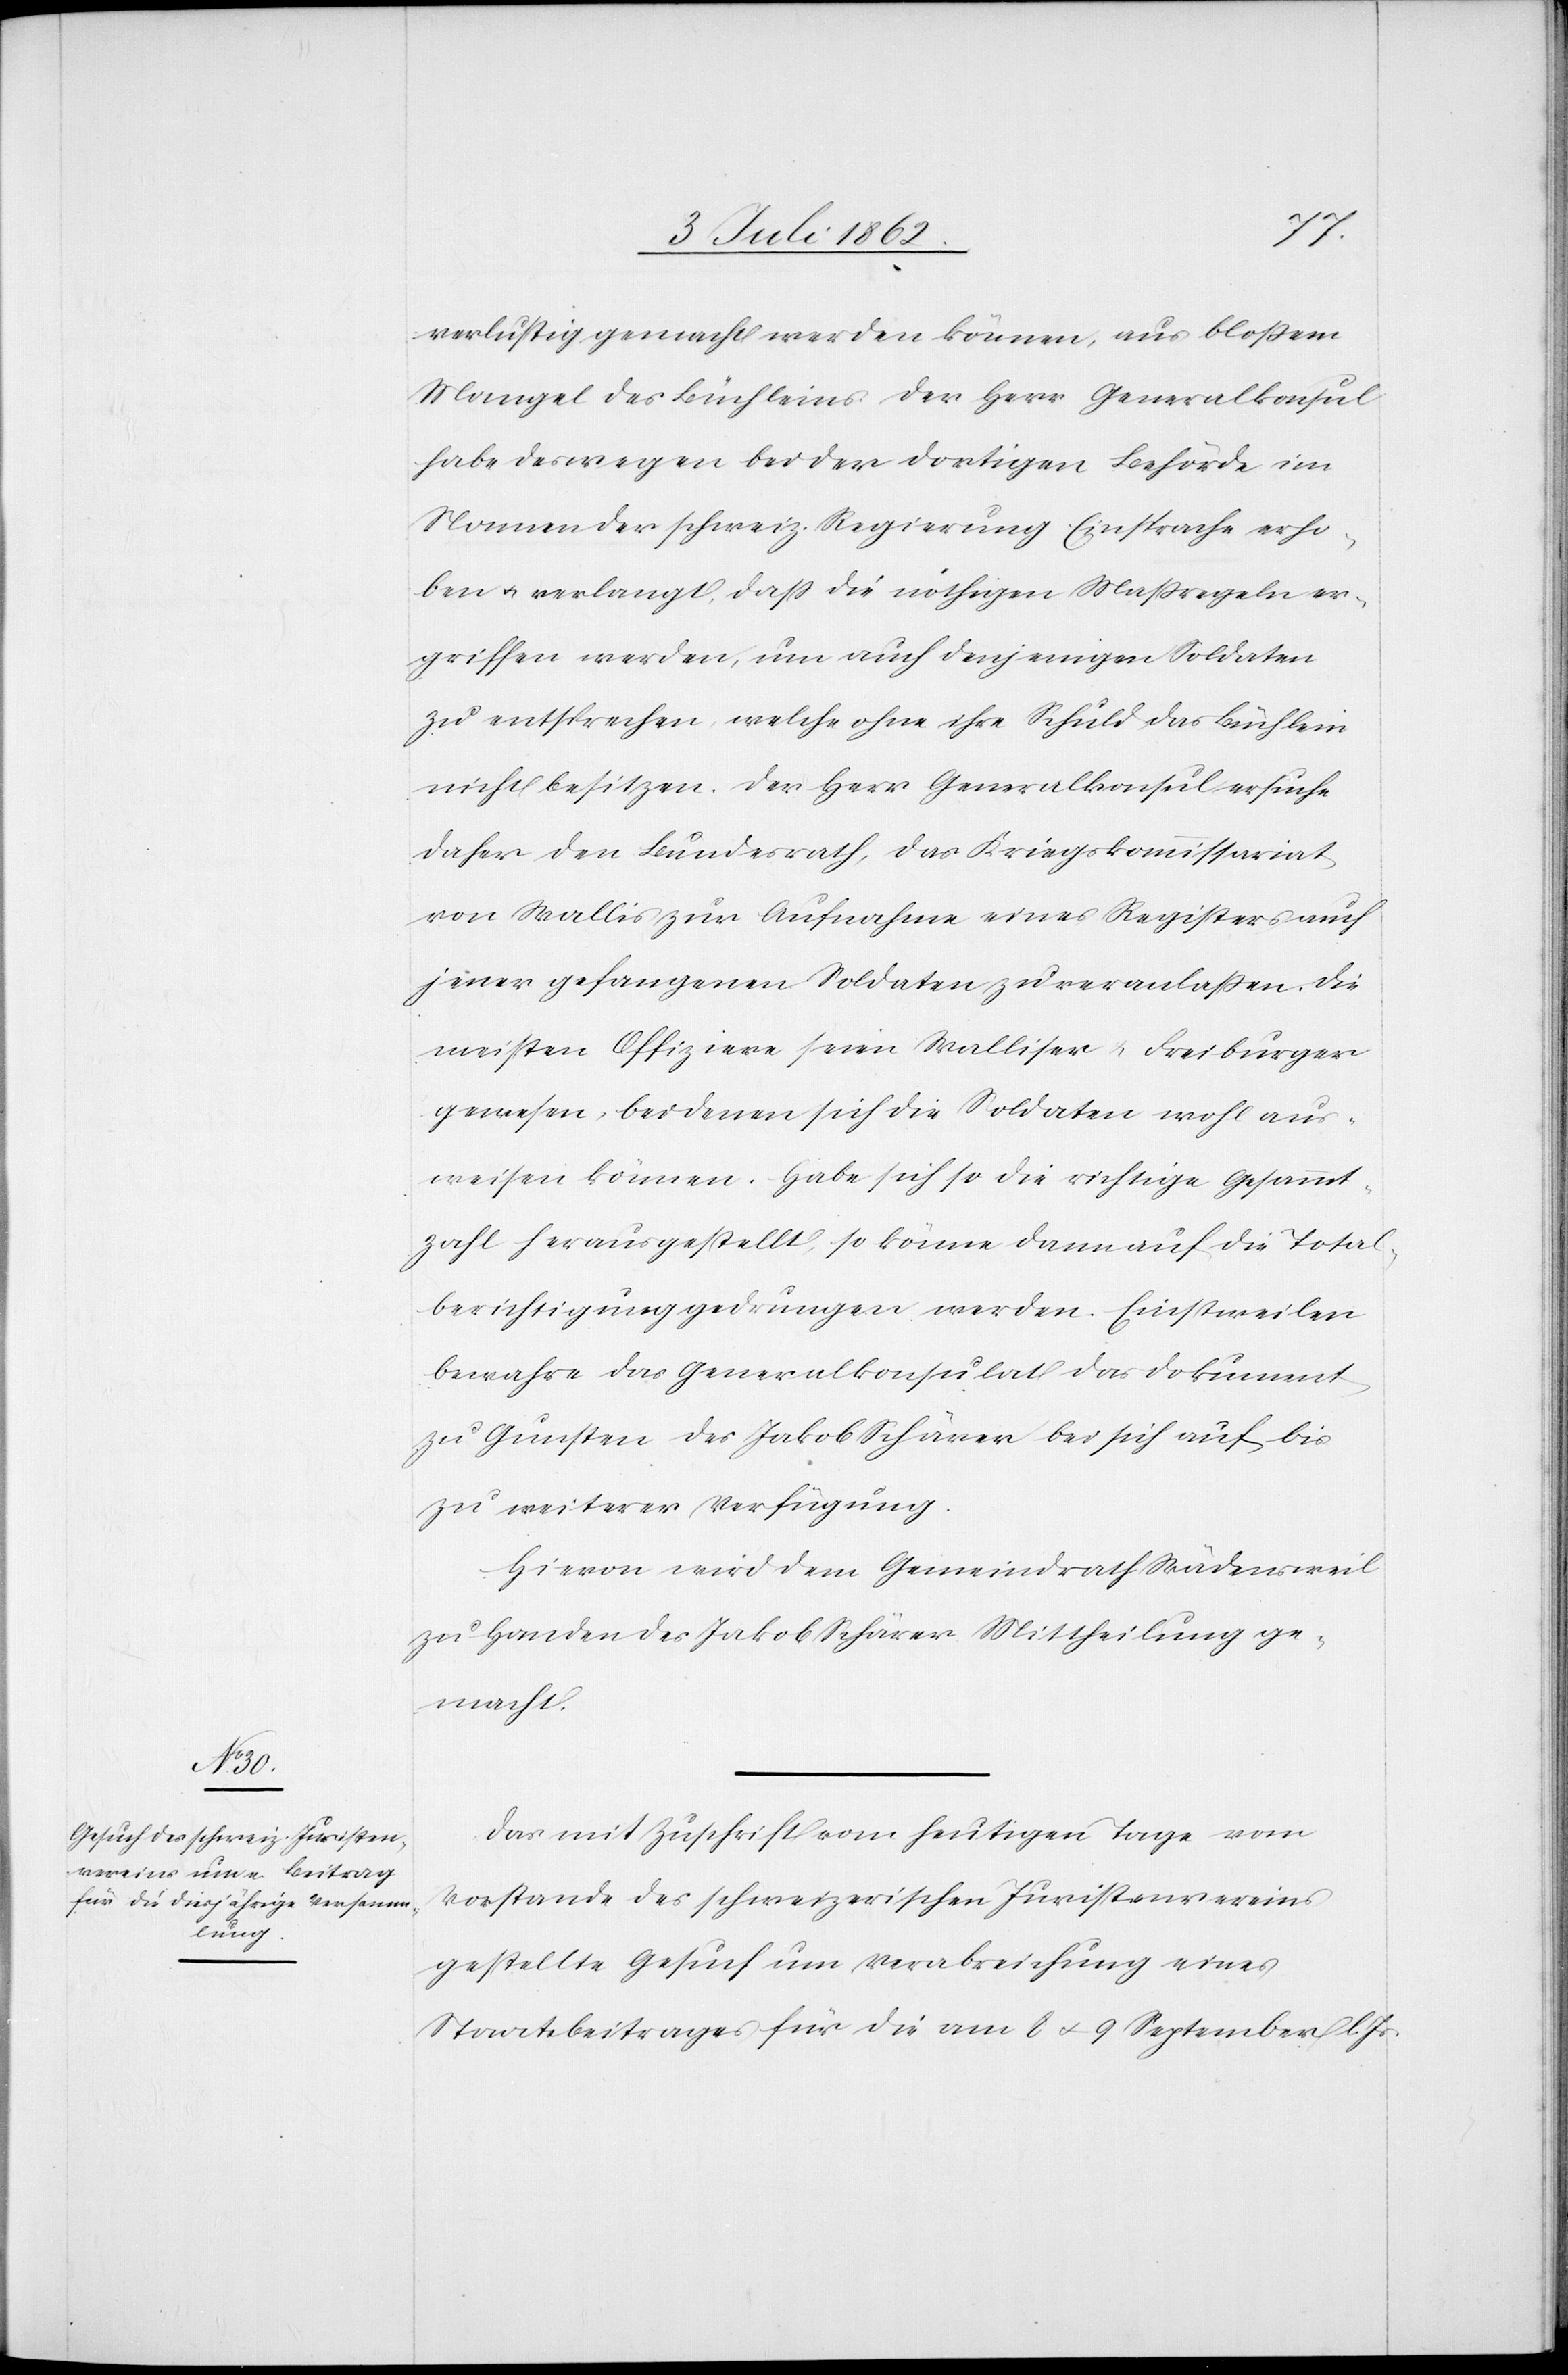
10 Juli 1862]
verlustig gemacht werden können, aus bloßem
Mangel des Büchleins. Der Herr Generalkonsul
habe deswegen bei der dortigen Behörde im
Namen der schweiz. Regierung Einsprache erho¬
ben u. verlangt, daß die nöthigen Maßregeln er¬
griffen werden, um auch denjenigen Soldaten
zu entsprechen, welche ohne ihre Schuld das Büchlein
nicht besitzen. Der Herr Generalkonsul ersuche
daher den Bundesrath, das Kriegskommissariat
von Wallis zur Aufnahme eines Registers auch
jener gefangenen Soldaten zu veranlaßen. Die
meisten Offiziere seien Walliser u. Freiburger
gewesen, bei denen sich die Soldaten wohl aus¬
weisen können. Habe sich so die richtige Gesammt¬
zahl herausgestellt, so könne dann auf die Total¬
berichtigung gedrungen werden. Einstweilen
bewahre das Generalkonsulat das Dokument
zu Gunsten des Jakob Schärer bei sich auf bis
zu weiterer Verfügung.
Hievon wird dem Gemeindrath Wädensweil
zu Handen des Jakob Schärer Mittheilung ge¬
macht.
Das mit Zuschrift vom heutigen Tage vom
Vorstande des schweizerischen Juristenvereins
gestellte Gesuch um Verabreichung eines
Staatsbeitrages für die am 8 u. 9 September l. Js.